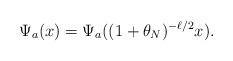
LaTeX: \begin{align*}\Psi_a(x)=\Psi_a((1+\theta_N)^{-\ell/2}x).\end{align*}